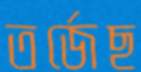
তর্জেছ